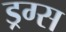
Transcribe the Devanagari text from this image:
ड्रग्‍स